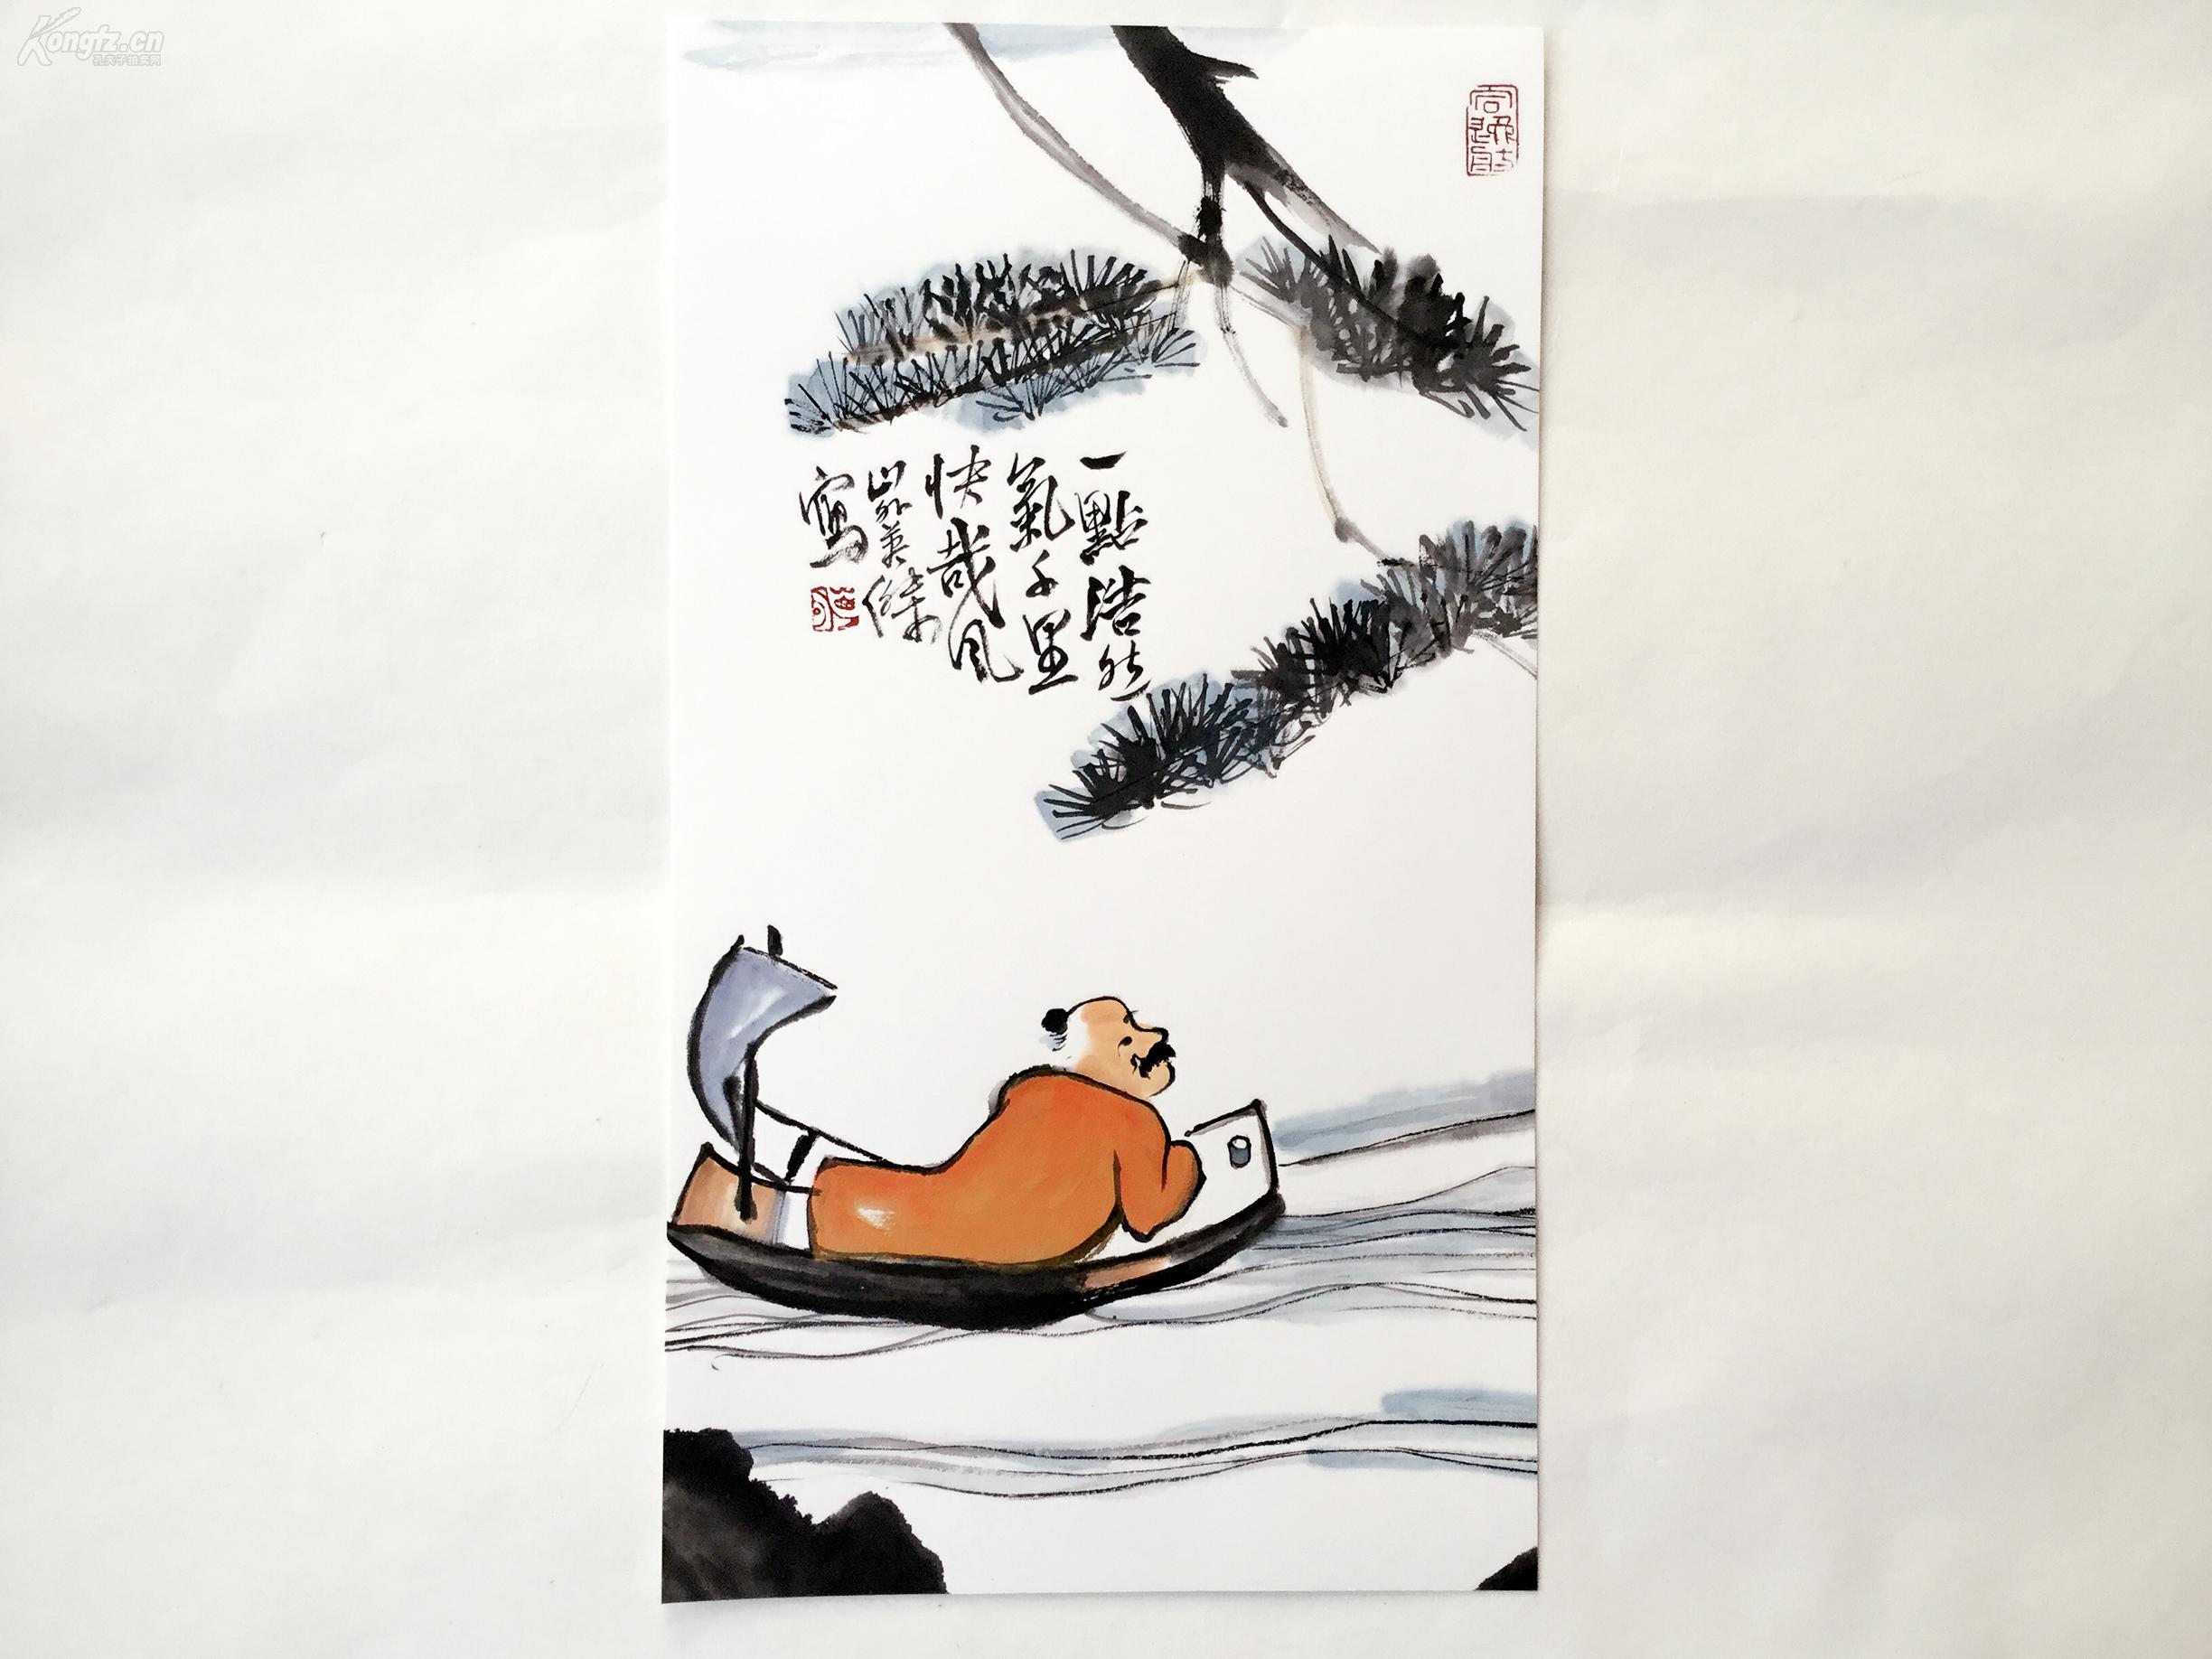
一点浩然气，千里快哉风。